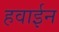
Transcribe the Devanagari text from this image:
हवाईन